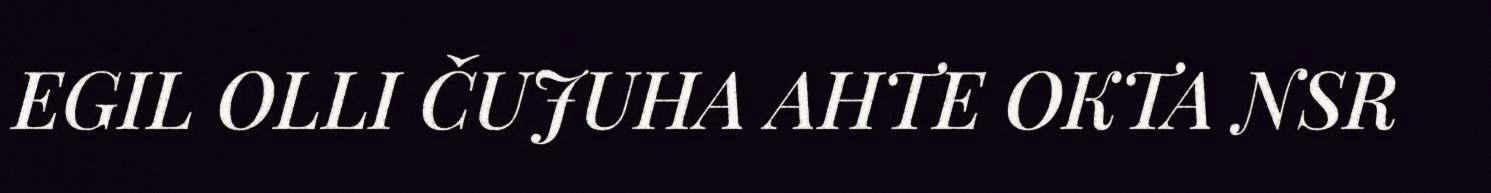
EGIL OLLI ČUJUHA AHTE OKTA NSR